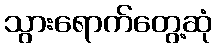
သွားရောက်တွေ့ဆုံ